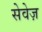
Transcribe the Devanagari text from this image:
सेवेज़